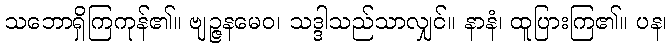
သဘောရှိကြကုန်၏။ ဗျဉ္ဇနမေဝ၊ သဒ္ဒါသည်သာလျှင်။ နာနံ၊ ထူပြားကြ၏။ ပန၊